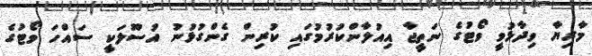
މާރިޔާ ވިދާޅުވީ ވޯޓުގެ ނަތީޖާ އިއުލާންކުރުމުގައި ކުރިން ގެންގުޅުނު އުސޫލަކީ ސައްހަ ވޯޓުގެ